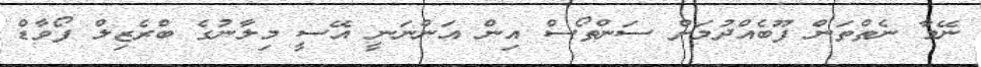
ނޭމާ ނެތްތަން ފޫބެއްދުމަށް ސަންތޯސް އިން އަންނަނީ އޭސީ މިލާނުގެ ބްރެޒިލް ފޯވާޑް